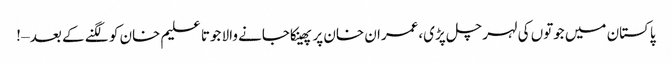
پاکستان میں جوتوں کی لہر چل پڑی،عمران خان پر پھینکاجانے والا جوتا علیم خان کو لگنے کے بعد – !